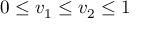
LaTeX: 0 \leq v _ { 1 } \leq v _ { 2 } \leq 1